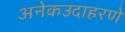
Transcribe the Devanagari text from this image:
अनेकउदाहरणे